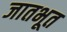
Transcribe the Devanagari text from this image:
जातभूत